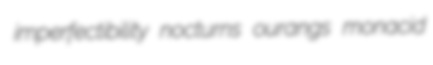
imperfectibility nocturns ourangs monacid